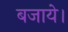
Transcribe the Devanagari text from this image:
बजाये।